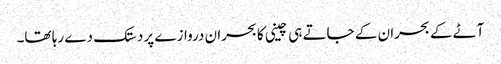
آٹے کے بحران کے جاتے ہی چینی کا بحران دروازے پر دستک دے رہا تھا۔